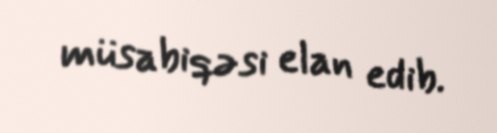
müsabiqəsi elan edib.